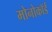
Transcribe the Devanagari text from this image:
मोनोकॉर्ड